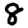
Digit: 8